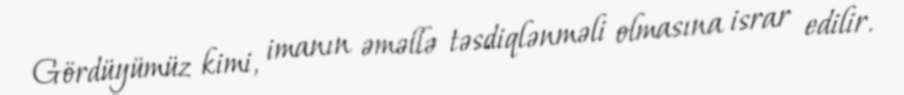
Gördüyümüz kimi, imanın əməllə təsdiqlənməli olmasına israr edilir.